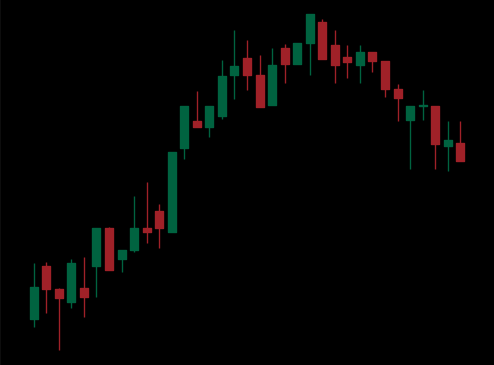
Pattern: bear_flag